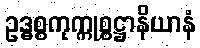
ဥဒ္ဓစ္စကုက္ကုစ္စဋ္ဌာနိယာနံ